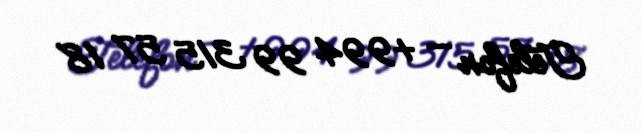
Telefon — +994 99 315 57 18